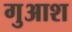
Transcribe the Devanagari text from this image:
गुआश